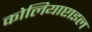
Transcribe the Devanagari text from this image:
कोलियाप्टाइल